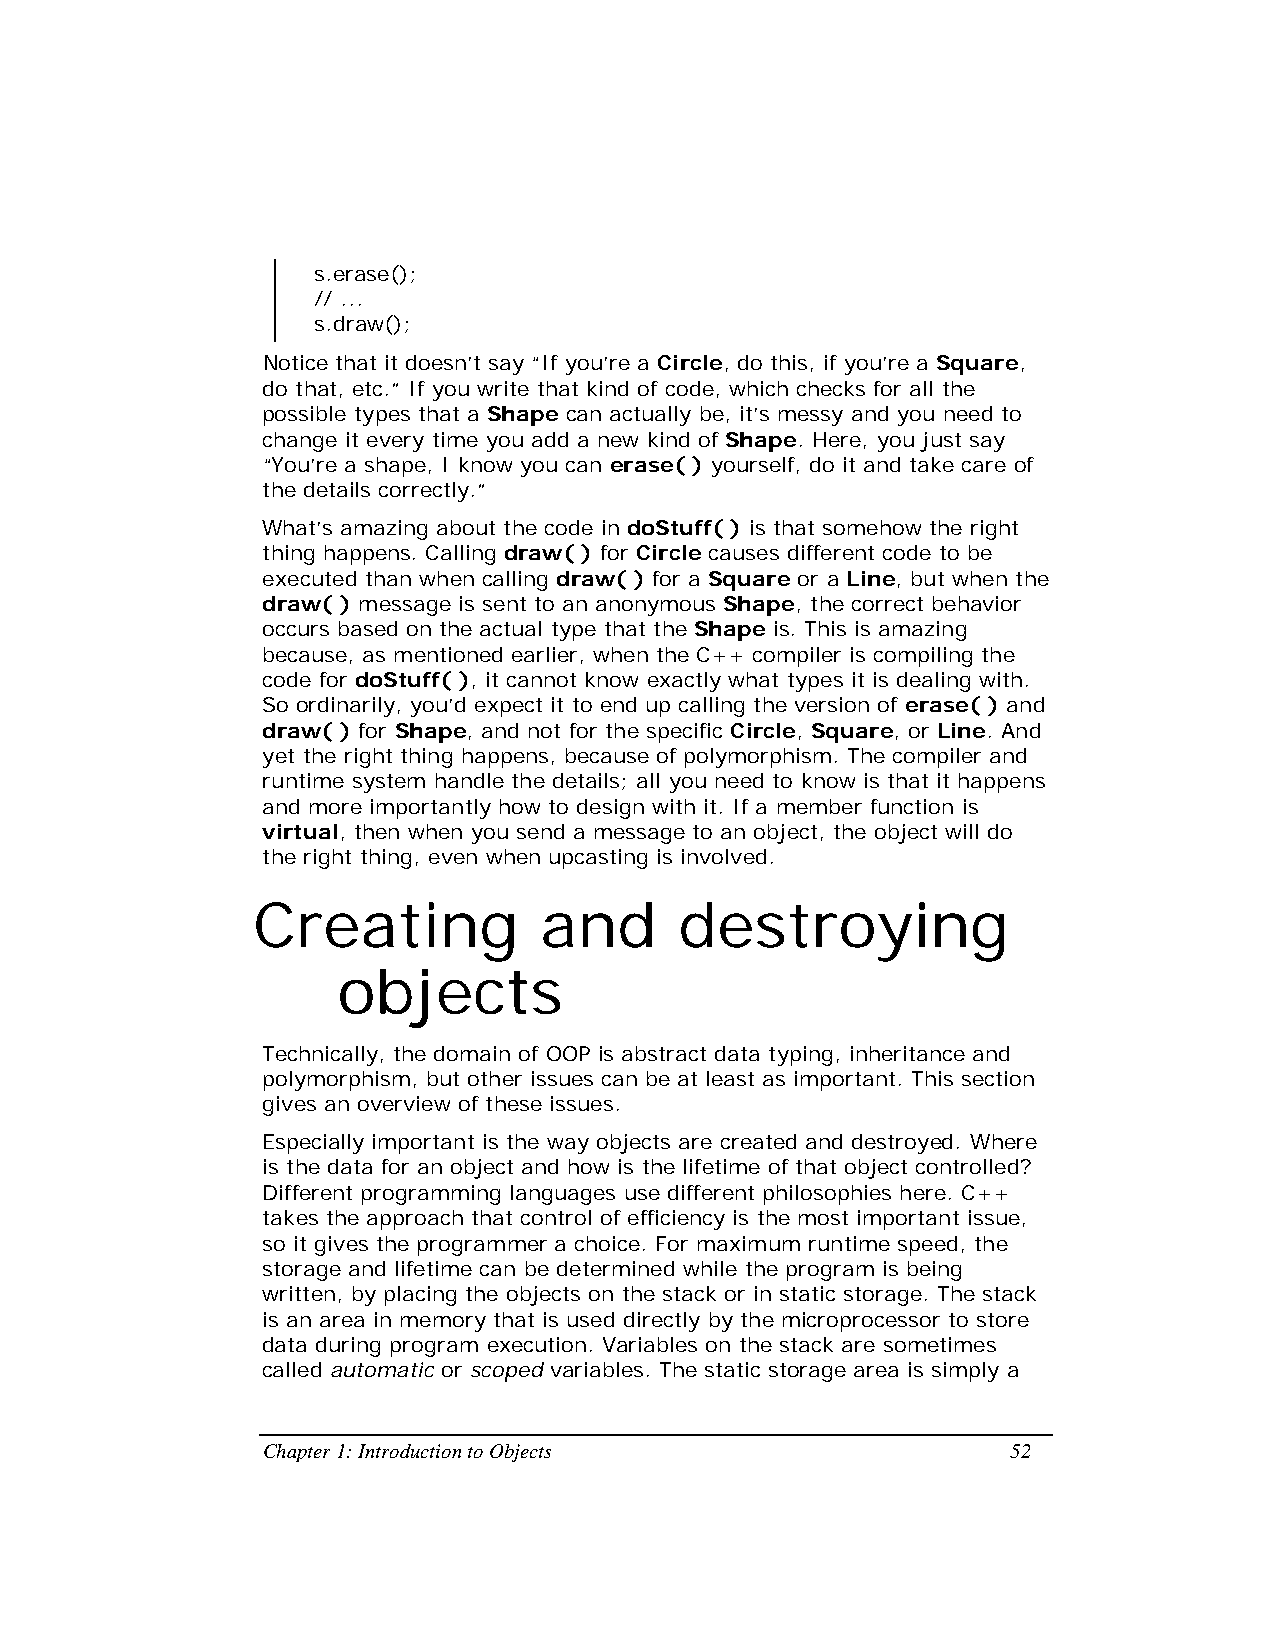
s.erase();
 // ...
 s.draw();
 Notice that it doesn’t say “If you’re a Circle, do this, if you’re a Square,
 do that, etc.” If you write that kind of code, which checks for all the
 possible types that a Shape can actually be, it’s messy and you need to
 change it every time you add a new kind of Shape. Here, you just say
 “You’re a shape, I know you can erase( ) yourself, do it and take care of
 the details correctly.”
 What’s amazing about the code in doStuff( ) is that somehow the right
 thing happens. Calling draw( ) for Circle causes different code to be
 executed than when calling draw( ) for a Square or a Line, but when the
 draw( ) message is sent to an anonymous Shape, the correct behavior
 occurs based on the actual type that the Shape is. This is amazing
 because, as mentioned earlier, when the C++ compiler is compiling the
 code for doStuff( ), it cannot know exactly what types it is dealing with.
 So ordinarily, you’d expect it to end up calling the version of erase( ) and
 draw( ) for Shape, and not for the specific Circle, Square, or Line. And
 yet the right thing happens, because of polymorphism. The compiler and
 runtime system handle the details; all you need to know is that it happens
 and more importantly how to design with it. If a member function is
 virtual, then when you send a message to an object, the object will do
 the right thing, even when upcasting is involved.
 Creating           and      destroying
 objects
 Technically, the domain of OOP is abstract data typing, inheritance and
 polymorphism, but other issues can be at least as important. This section
 gives an overview of these issues.
 Especially important is the way objects are created and destroyed. Where
 is the data for an object and how is the lifetime of that object controlled?
 Different programming languages use different philosophies here. C++
 takes the approach that control of efficiency is the most important issue,
 so it gives the programmer a choice. For maximum runtime speed, the
 storage and lifetime can be determined while the program is being
 written, by placing the objects on the stack or in static storage. The stack
 is an area in memory that is used directly by the microprocessor to store
 data during program execution. Variables on the stack are sometimes
 called automatic or scoped variables. The static storage area is simply a
 Chapter 1: Introduction to Objects                52